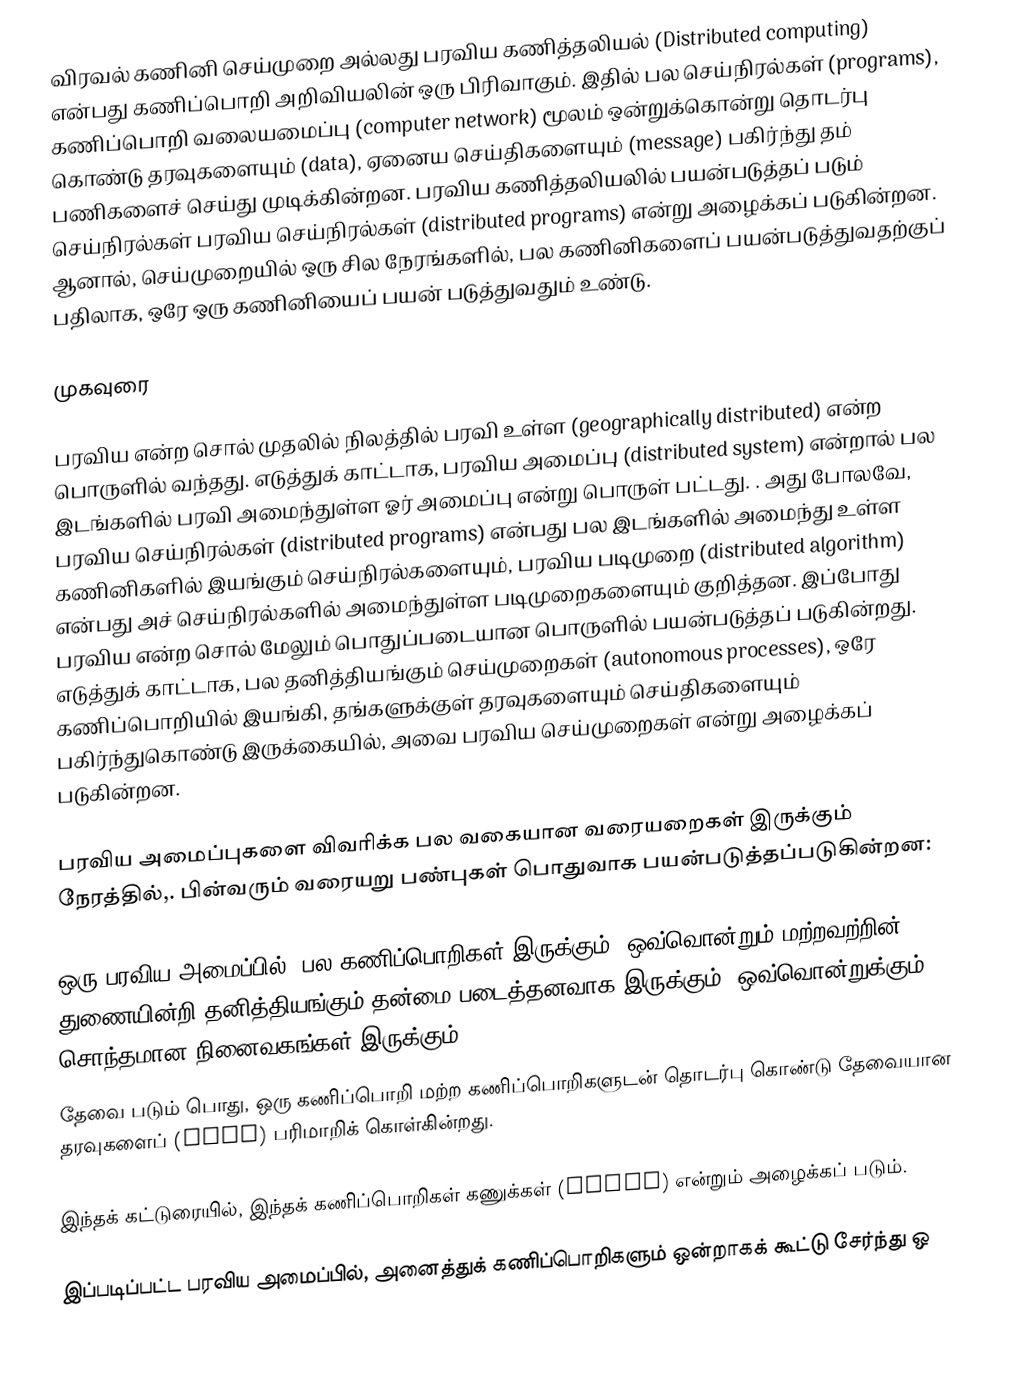
விரவல் கணினி செய்முறை அல்லது பரவிய கணித்தலியல்  (Distributed computing)  என்பது    கணிப்பொறி அறிவியலின் ஒரு பிரிவாகும். இதில் பல செய்நிரல்கள் (programs),    கணிப்பொறி வலையமைப்பு (computer  network)  மூலம் ஒன்றுக்கொன்று தொடர்பு கொண்டு தரவுகளையும் (data), ஏனைய செய்திகளையும் (message) பகிர்ந்து  தம்  பணிகளைச் செய்து முடிக்கின்றன.  பரவிய கணித்தலியலில்  பயன்படுத்தப் படும்   செய்நிரல்கள்  பரவிய செய்நிரல்கள் (distributed  programs)  என்று அழைக்கப் படுகின்றன.  ஆனால், செய்முறையில் ஒரு சில நேரங்களில்,     பல கணினிகளைப் பயன்படுத்துவதற்குப்  பதிலாக,     ஒரே ஒரு கணினியைப்    பயன் படுத்துவதும்  உண்டு.

முகவுரை

பரவிய   என்ற  சொல்  முதலில்   நிலத்தில் பரவி  உள்ள  (geographically distributed)   என்ற பொருளில் வந்தது. எடுத்துக் காட்டாக, பரவிய  அமைப்பு (distributed system) என்றால்   பல இடங்களில் பரவி அமைந்துள்ள  ஓர் அமைப்பு என்று பொருள் பட்டது. .  அது போலவே, பரவிய  செய்நிரல்கள்  (distributed programs) என்பது     பல இடங்களில் அமைந்து உள்ள கணினிகளில்  இயங்கும்  செய்நிரல்களையும்,    பரவிய   படிமுறை (distributed algorithm) என்பது அச் செய்நிரல்களில்  அமைந்துள்ள படிமுறைகளையும்  குறித்தன.  இப்போது பரவிய   என்ற  சொல் மேலும்   பொதுப்படையான    பொருளில்   பயன்படுத்தப் படுகின்றது. எடுத்துக் காட்டாக,  பல  தனித்தியங்கும் செய்முறைகள் (autonomous processes),   ஒரே கணிப்பொறியில் இயங்கி, தங்களுக்குள் தரவுகளையும் செய்திகளையும் பகிர்ந்துகொண்டு இருக்கையில்,  அவை   பரவிய  செய்முறைகள் என்று அழைக்கப் படுகின்றன.

பரவிய   அமைப்புகளை  விவரிக்க  பல வகையான  வரையறைகள்     இருக்கும்  நேரத்தில்,. பின்வரும் வரையறு பண்புகள் பொதுவாக  பயன்படுத்தப்படுகின்றன:

 ஒரு பரவிய   அமைப்பில்,  பல கணிப்பொறிகள் இருக்கும். ஒவ்வொன்றும்  மற்றவற்றின் துணையின்றி தனித்தியங்கும் தன்மை படைத்தனவாக இருக்கும். ஒவ்வொன்றுக்கும் சொந்தமான நினைவகங்கள் இருக்கும்.
 தேவை படும் பொது, ஒரு கணிப்பொறி  மற்ற கணிப்பொறிகளுடன் தொடர்பு கொண்டு தேவையான தரவுகளைப் (data) பரிமாறிக் கொள்கின்றது.

இந்தக் கட்டுரையில், இந்தக் கணிப்பொறிகள்    கணுக்கள் (nodes) என்றும்   அழைக்கப் படும்.

இப்படிப்பட்ட பரவிய அமைப்பில்,    அனைத்துக் கணிப்பொறிகளும் ஒன்றாகக் கூட்டு சேர்ந்து ஒ